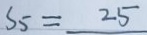
S _ { 5 } = 2 5